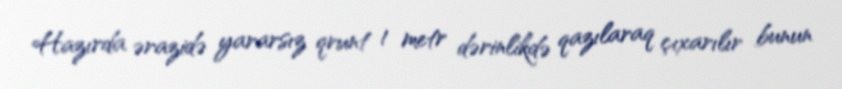
Hazırda ərazidə yararsız qrunt 1 metr dərinlikdə qazılaraq çıxarılır bunun